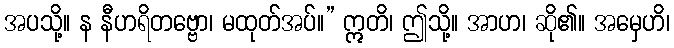
အပသို့။ န နီဟရိတဗ္ဗော၊ မထုတ်အပ်။” ဣတိ၊ ဤသို့။ အာဟ၊ ဆို၏။ အမှေဟိ၊